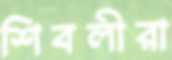
শিবলীরা